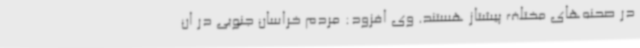
در صحنه‌های مختلف پیشتاز هستند. وی افزود: مردم خراسان جنوبی در ان